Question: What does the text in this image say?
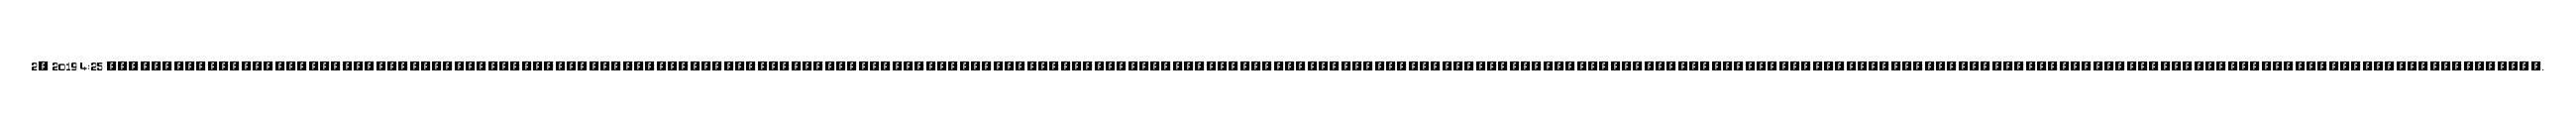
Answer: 2, 2019 4:25 ?????????????????????????????????????????????????????????????????????????????????????????????????????????????????????????????????????????????????????????????????????????????????????????????????????????????????????????.